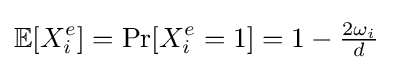
\mathbb {E} [X_{i}^{e}]=\Pr[X_{i}^{e}=1]=1-{\tfrac {2\omega _{i}}{d}}